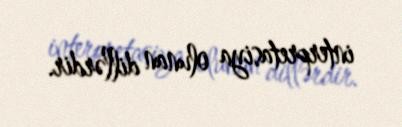
interpretasiya olunan dillərdir.